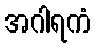
အဂါရကံ